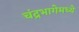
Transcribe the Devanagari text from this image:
चंद्रभागेमध्ये